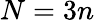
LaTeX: N=3n